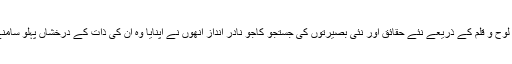
وہ پرورش لوح و قلم کے ذریعے نئے حقائق اور نئی بصیرتوں کی جستجو کاجو نادر انداز انھوں نے اپنایا وہ ان کی ذات کے درخشاں پہلو سامنے لاتا ہے۔